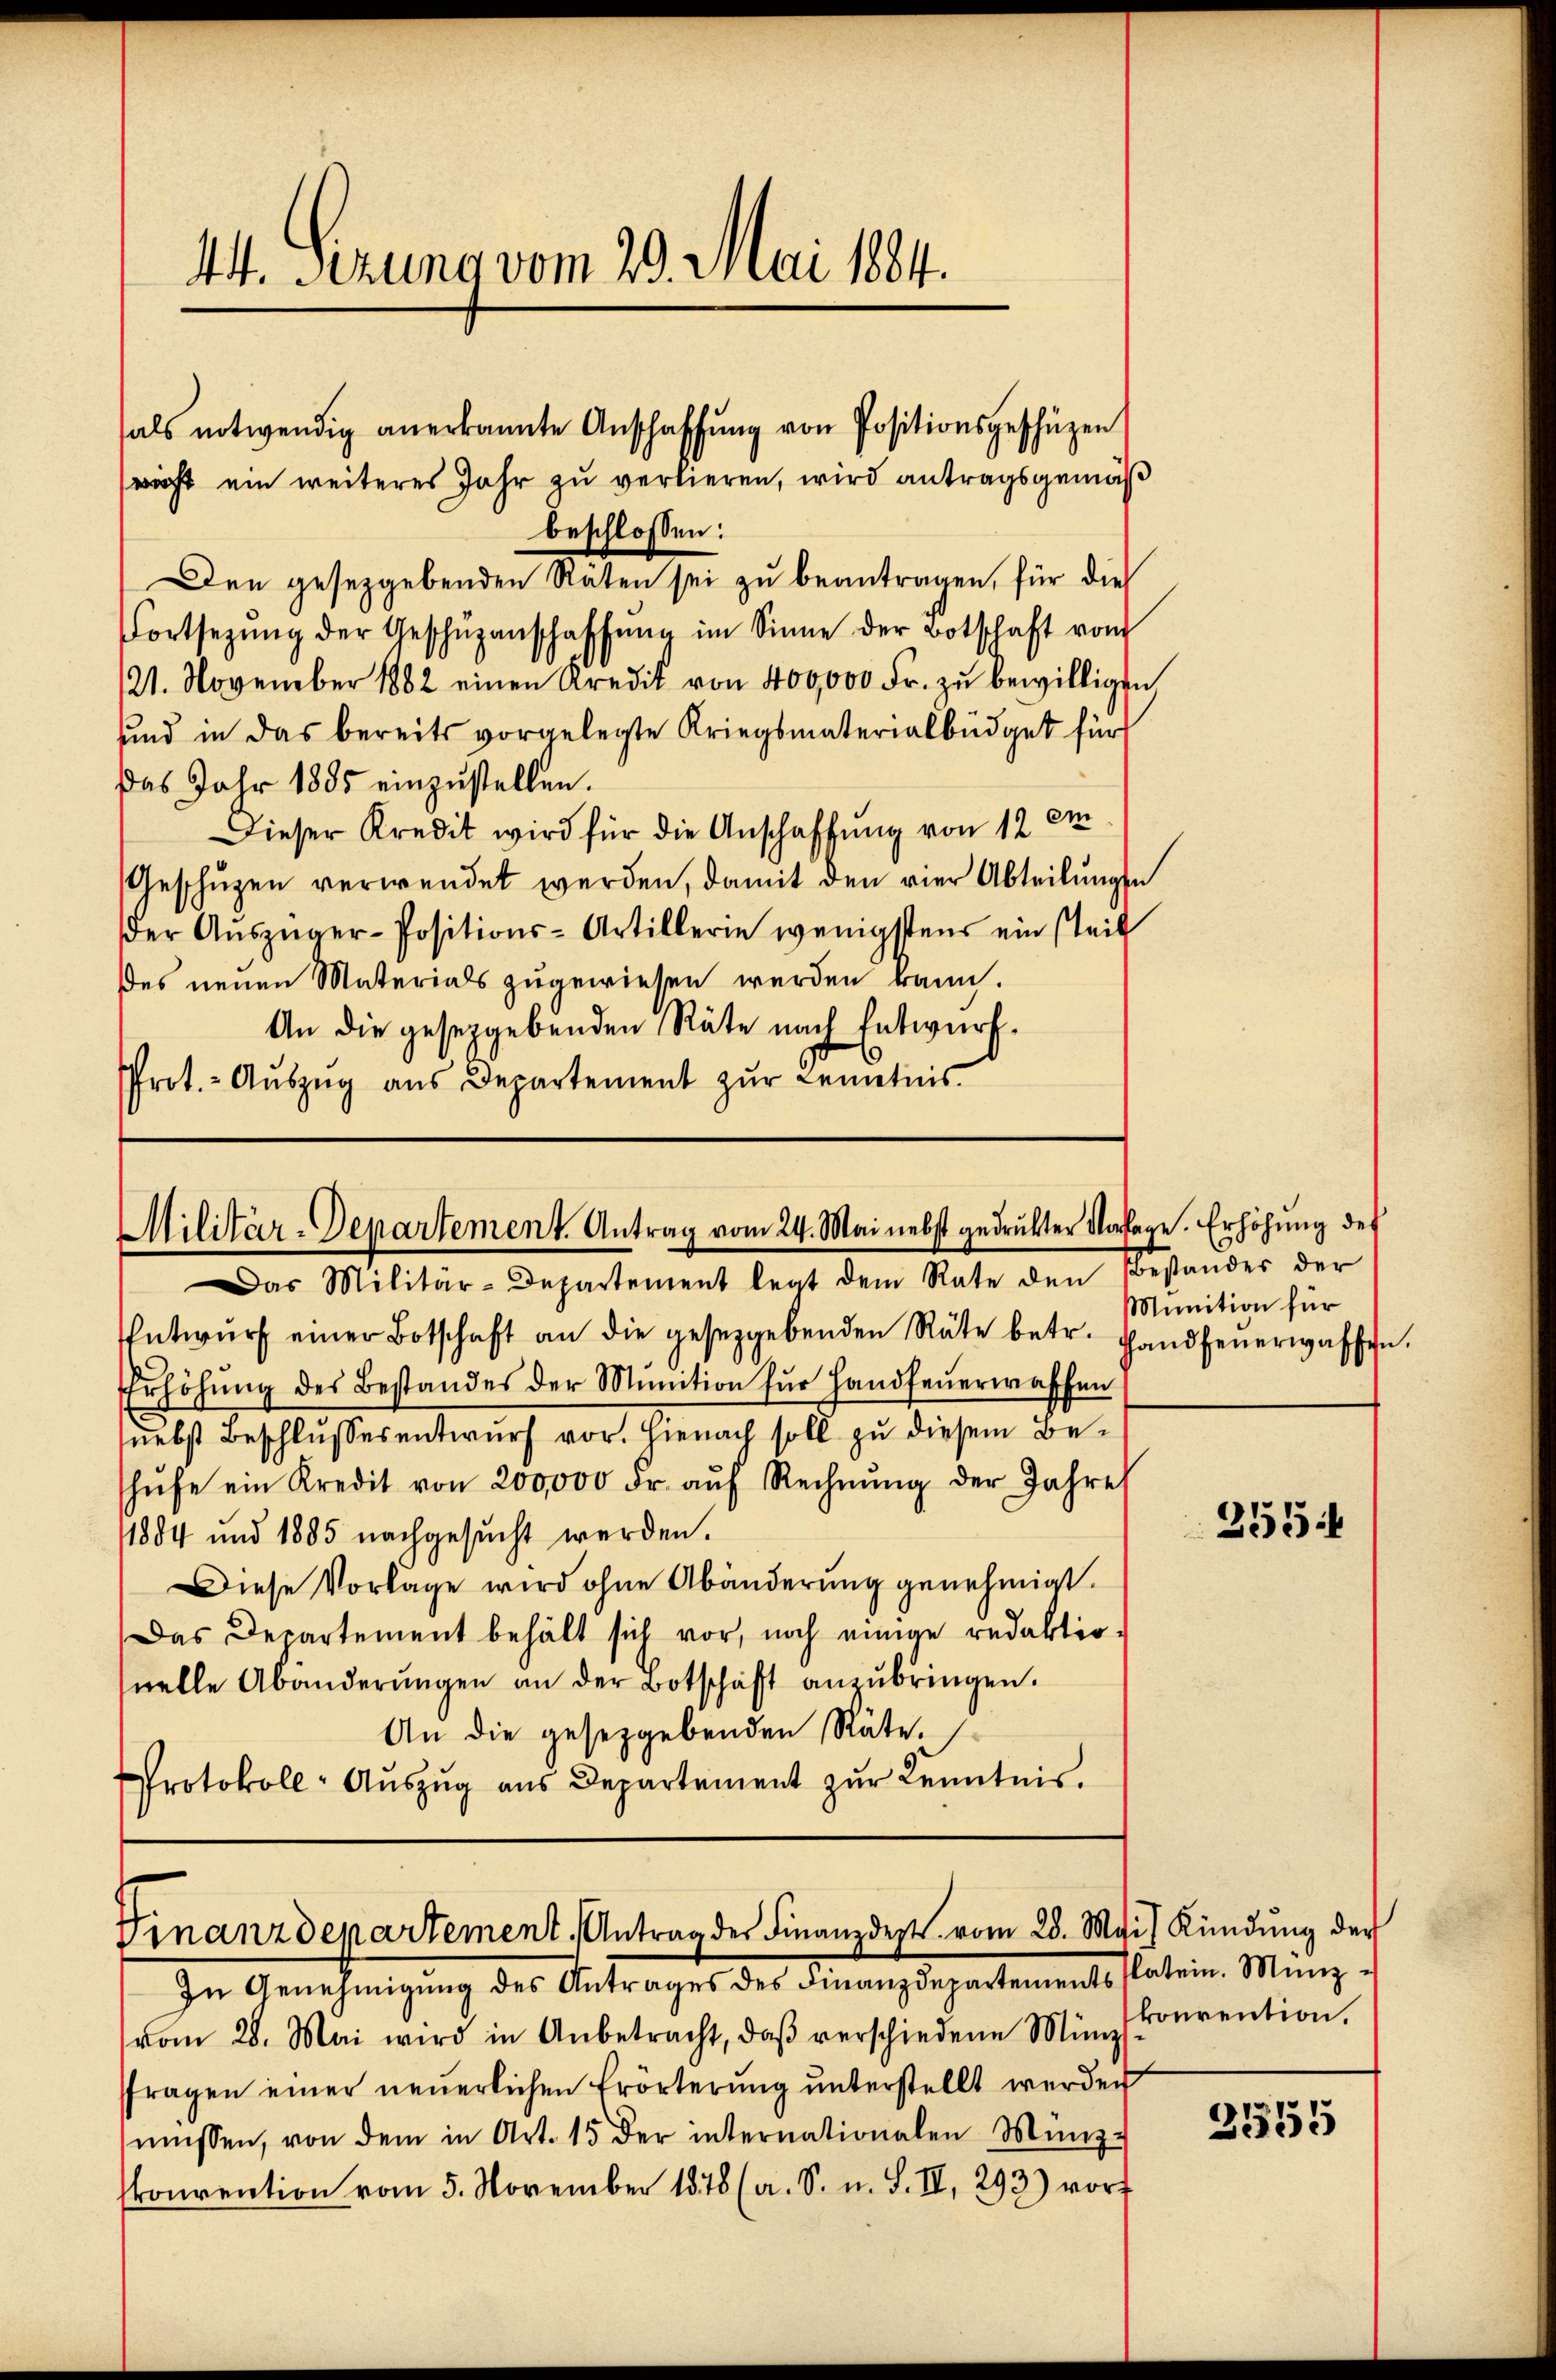
411. Serung vom 29. Mai 1884.

als notwendig anerkannte Anschaffŭng von Positionsgeschüzen
richt ein weiteres Jahr zu verlieren, wird antragsgemäß
beschlossen:
Den gesetzgebenden Räten sei zu beantragen, für die
Fortsetzŭng der Geschüzenschaffŭng im Sinne der Botschaft vom
/21. November 1882 einen Kredit von 400,000 Fr. zŭ bewilligen
sind in das bereits vorgelegte Kriegsmaterialbüdget für
Das Jahr 1885 einzustellen.
Dieser Kredit wird für die Anschaffung von 12 cm
Geschützen verwendet werden, damit den vier Abteilungen
der Aŭszüger-Positions-Artillerie wenigstens ein steil
Des neuen Materials zugewiesen werden kann.
An die gesetzgebenden Räte nach Entwurf¬
Prot.- Aŭszŭg aŭs Departement zŭr Kenntnis

Entwŭrf einer Botschaft an die gesetzgebenden Räte betr. Handfeŭerwaffen.
Erhöhŭng des Bestandes der Munition für Handfeŭerwaffen
nebst Beschlussesentwurf vor. Hienach soll zu diesem Behŭfe ein Kredit von 200,000 Fr. aŭf Rechnŭng der Jahres
1884 und 1885 nachgesŭcht werden.
Diese Vorlage wird ohne Abänderung genehmigt.
Das Departement behält sich vor, noch einige redaktio-
nelle Abänderŭngen an der Botschaft anzŭbringen.
An die gesetzgebenden Räte.
Protokoll-Aŭszŭg aŭs Departement zŭr Kenntnis.

Militär-Departement. Antrag vom 24. Mai nebst gedruckter Vorlage. Erhöhung des
Das Militär-Departement legt dem Rate den Bestandes der

Finanzdepartement. Antrag des Finanzdept vom 28. Mai) Kündung der

Munition für

In Genehmigung des Antrages des Finanzdepartements Platein. Münzvom 28. Mai wird in Anbetracht, daβ verschiedene Münz
fragen einer neuerlichen Erörterung unterstellt werden
müssen, von dem in Art. 15 der internationalen Münz-
konvention vom 5. November 1878 (a. S. u. S. II, 293) vort

355:

konvention.

.
2535